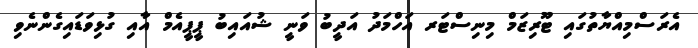
އެރަސްމިއްޔާތުގައި ޓޫރިޒަމް މިނިސްޓަރ އަހްމަދު އަދީބު ވަނީ ޝުއައިބު ޕީޕީއެމް އާއި ގުޅިވަޑައިގެންނެވި